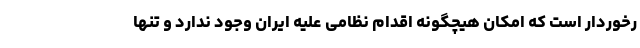
رخوردار است که امکان هیچگونه اقدام نظامی علیه ایران وجود ندارد و تنها